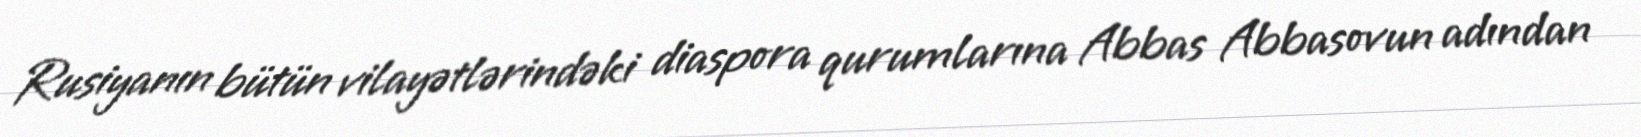
Rusiyanın bütün vilayətlərindəki diaspora qurumlarına Abbas Abbasovun adından